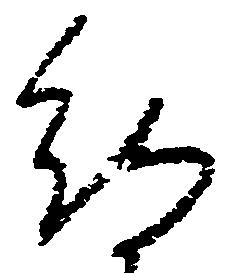
待